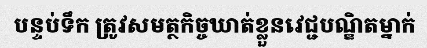
បន្ទប់ទឹក ត្រូវសមត្ថកិច្ចឃាត់ខ្លួនវេជ្ជបណ្ឌិតម្នាក់